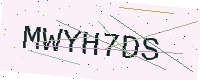
Text: MWYH7DS